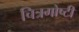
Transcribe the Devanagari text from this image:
चित्रगोष्टी